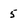
Character: 5